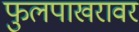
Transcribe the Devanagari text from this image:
फुलपाखरावर